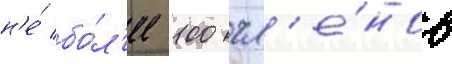
н'е́ бо́л'ее 100 чл'е́нов